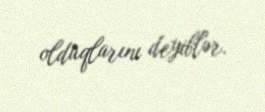
olduqlarını deyiblər.